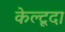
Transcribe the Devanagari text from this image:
केल्टूदा